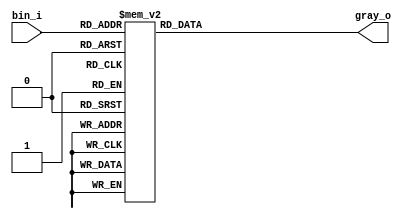
`timescale 1ns / 1ps
//////////////////////////////////////////////////////////////////////////////////
// Company: 
// Engineer: 
// 
// Design Name: 
// Module Name: day_9_binary_to_grayccode
// Project Name: 
// Target Devices: 
// Tool Versions: 
// Description: 
// 
// Dependencies: 
// 
// Revision:
// Revision 0.01 - File Created
// Additional Comments:
// 
//////////////////////////////////////////////////////////////////////////////////


module day_9_binary_to_grayccode
#(
  parameter VEC_W = 4
)(
  input     wire [VEC_W-1:0] bin_i,
  output    reg [VEC_W-1:0] gray_o

);
//useful for switching operations

always @(*) begin
case (bin_i)
4'b0000: gray_o <= 4'b0000;
4'b0001: gray_o <= 4'b0001;
4'b0010: gray_o <= 4'b0011;
4'b0011: gray_o <= 4'b0010;
4'b0100: gray_o <= 4'b0110;
4'b0101: gray_o <= 4'b0111;
4'b0110: gray_o <= 4'b0101;
4'b0111: gray_o <= 4'b0100;
4'b1000: gray_o <= 4'b1100;
4'b1001: gray_o <= 4'b1101;
4'b1010: gray_o <= 4'b1111;
4'b1011: gray_o <= 4'b1110;
4'b1100: gray_o <= 4'b1010;
4'b1101: gray_o <= 4'b1011;
4'b1110: gray_o <= 4'b1001;
4'b1111: gray_o <= 4'b1000;
default : gray_o = 0;
endcase
end

endmodule